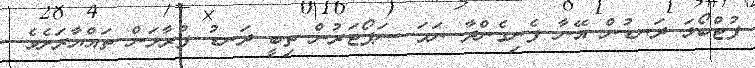
ފުޓްބޯޅަ ދަނޑުން އޭނާ ފެނިގެންދާ ނަމަ ސަޕޯޓަރުން ތިބީ ދަނޑު ފުރާލަން ތައްޔާރަށެވެ.